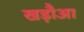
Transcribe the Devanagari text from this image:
खड़ौआ